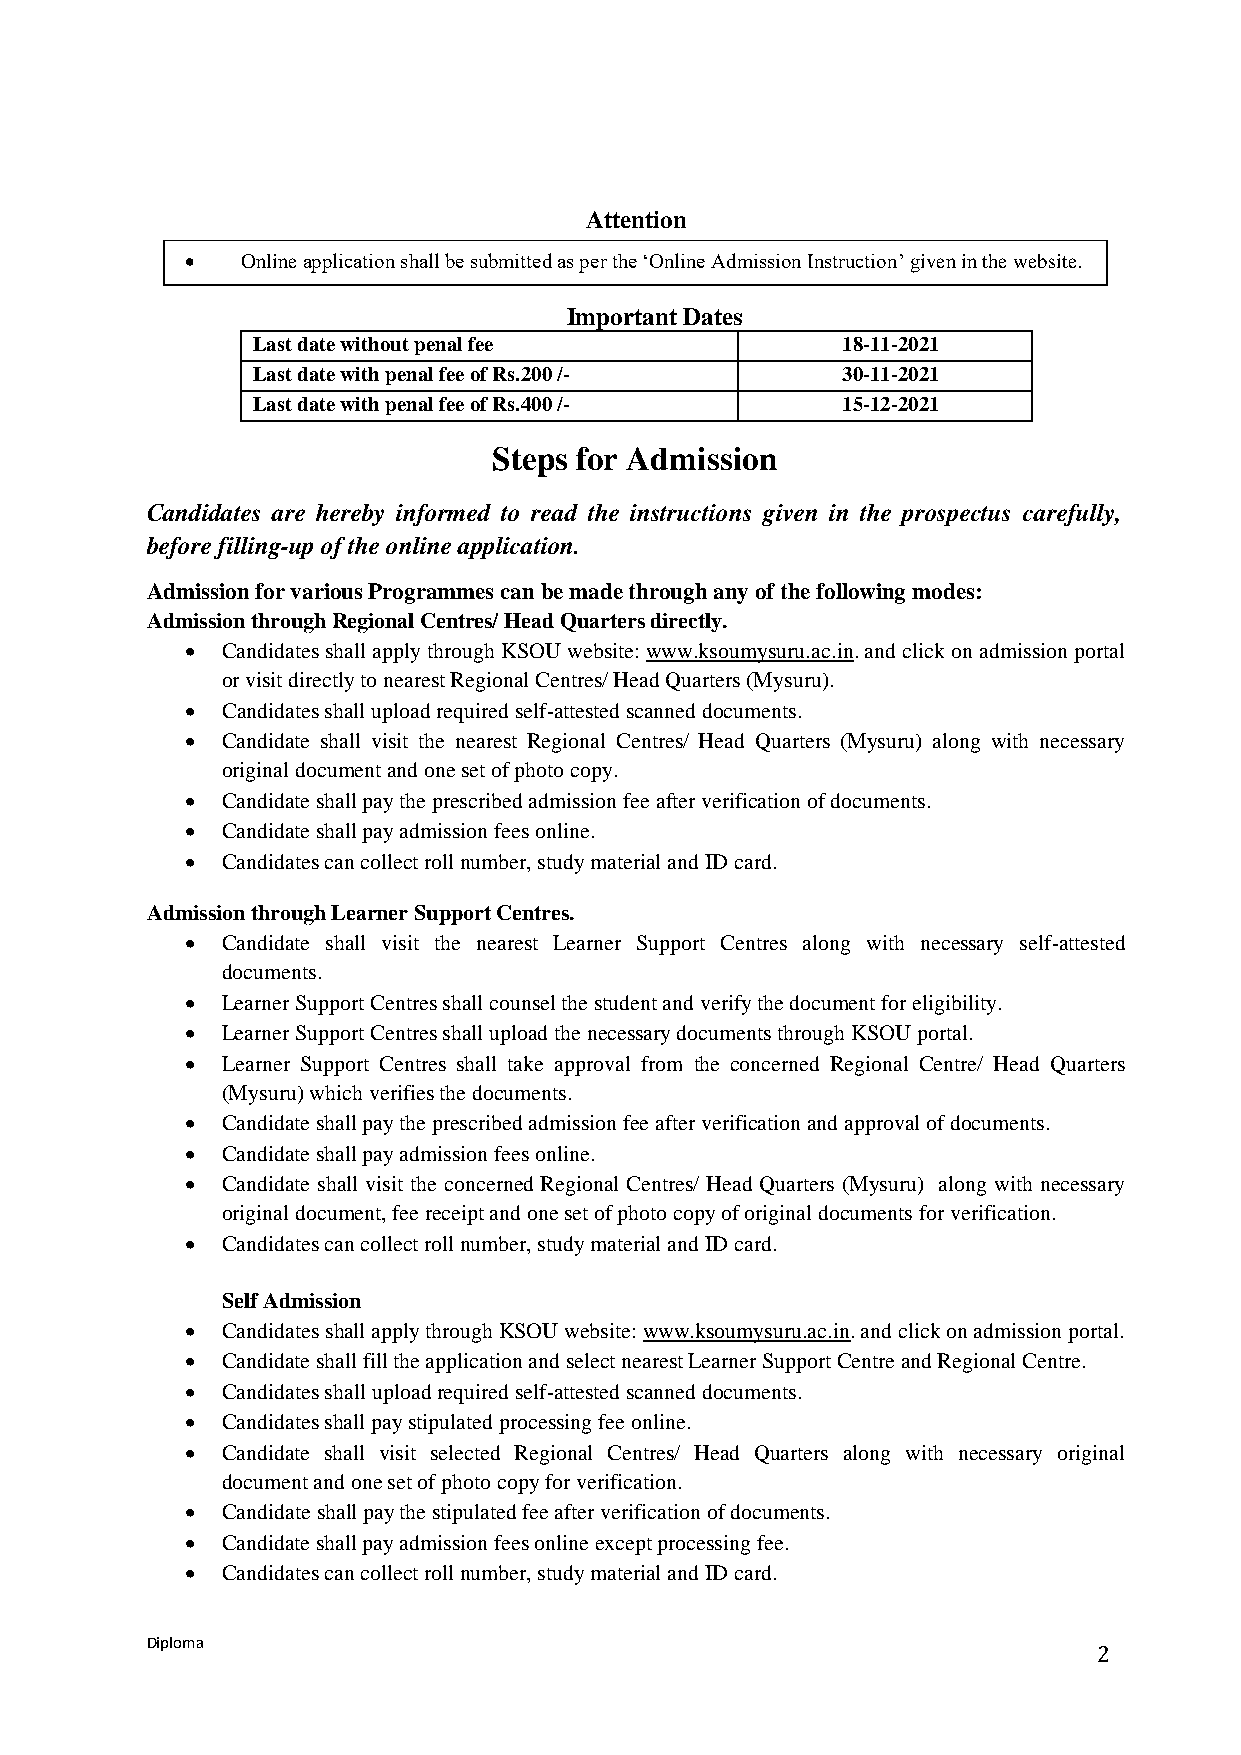
Attention
    Online application shall be submitted as per the ‘Online Admission Instruction’ given in the website.
 Important Dates
 Last date without penal fee            18-11-2021
 Last date with penal fee of Rs.200 /-  30-11-2021
 Last date with penal fee of Rs.400 /-  15-12-2021
 Steps for Admission
 Candidates are hereby informed to read the instructions given in the prospectus carefully,
 before filling-up of the online application.
 Admission for various Programmes can be made through any of the following modes:
 Admission through Regional Centres/ Head Quarters directly.
   Candidates shall apply through KSOU website: www.ksoumysuru.ac.in. and click on admission portal
 or visit directly to nearest Regional Centres/ Head Quarters (Mysuru).
   Candidates shall upload required self-attested scanned documents.
   Candidate shall visit the nearest Regional Centres/ Head Quarters (Mysuru) along with necessary
 original document and one set of photo copy.
   Candidate shall pay the prescribed admission fee after verification of documents.
   Candidate shall pay admission fees online.
   Candidates can collect roll number, study material and ID card.
 Admission through Learner Support Centres.
   Candidate shall visit the nearest Learner Support Centres along with necessary self-attested
 documents.
   Learner Support Centres shall counsel the student and verify the document for eligibility.
   Learner Support Centres shall upload the necessary documents through KSOU portal.
   Learner Support Centres shall take approval from the concerned Regional Centre/ Head Quarters
 (Mysuru) which verifies the documents.
   Candidate shall pay the prescribed admission fee after verification and approval of documents.
   Candidate shall pay admission fees online.
   Candidate shall visit the concerned Regional Centres/ Head Quarters (Mysuru) along with necessary
 original document, fee receipt and one set of photo copy of original documents for verification.
   Candidates can collect roll number, study material and ID card.
 Self Admission
   Candidates shall apply through KSOU website: www.ksoumysuru.ac.in. and click on admission portal.
   Candidate shall fill the application and select nearest Learner Support Centre and Regional Centre.
   Candidates shall upload required self-attested scanned documents.
   Candidates shall pay stipulated processing fee online.
   Candidate shall visit selected Regional Centres/ Head Quarters along with necessary original
 document and one set of photo copy for verification.
   Candidate shall pay the stipulated fee after verification of documents.
   Candidate shall pay admission fees online except processing fee.
   Candidates can collect roll number, study material and ID card.
 Diploma
 2